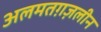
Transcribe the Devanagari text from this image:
अलमतग़ज़लीन